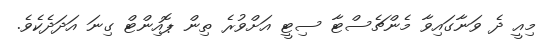
މިއީ ދެ ވަނާގައިވާ މެންޗެސްޓާ ސިޓީ އަށްވުރެ ތިން ޕޮއިންޓް ގިނަ އަދަދެކެވެ.